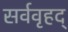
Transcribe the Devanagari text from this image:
सर्ववृहद्